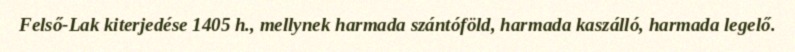
Felső-Lak kiterjedése 1405 h., mellynek harmada szántóföld, harmada kaszálló, harmada legelő.